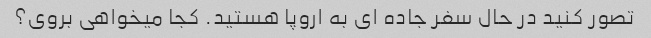
تصور کنید در حال سفر جاده ای به اروپا هستید. کجا میخواهی بروی؟